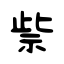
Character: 祡